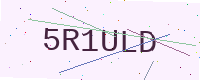
Text: 5R1ULD